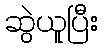
ဆွဲယူပြီး